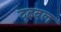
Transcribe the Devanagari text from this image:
दृढ़बल